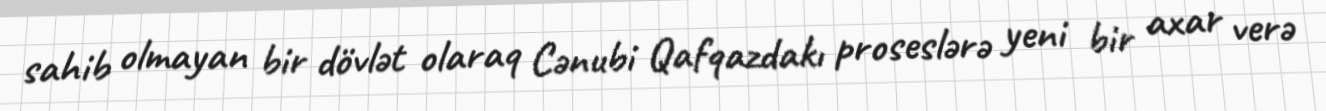
sahib olmayan bir dövlət olaraq Cənubi Qafqazdakı proseslərə yeni bir axar verə